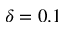
\delta = 0 . 1